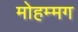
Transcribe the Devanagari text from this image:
मोहम्मग